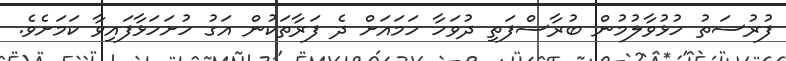
ފުރުސަތު ހުޅުވާލުމުން ބުރާސްފަތި ދުވަހާ ހަމައަށް ދެ ފަރާތަކުން އަގު ހުށަހަޅާފައިވާ ކަމަށެވެ.